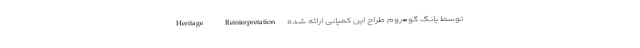
Heritage Reinterpretation توسط یانگ گو-روم طراح این کمپانی ارائه شده